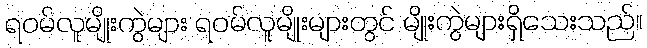
ရဝမ်လူမျိုးကွဲများ ရဝမ်လူမျိုးများတွင် မျိုးကွဲများရှိသေးသည်။